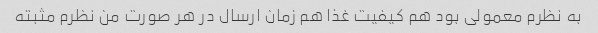
به نظرم معمولی بود هم کیفیت غذا هم زمان ارسال در هر صورت من نظرم مثبته